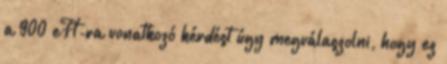
a 900 eFt-ra vonatkozó kérdést úgy megválaszolni, hogy ez